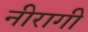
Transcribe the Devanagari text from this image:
नीरागी